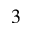
3